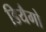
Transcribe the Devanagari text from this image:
डियैगो